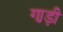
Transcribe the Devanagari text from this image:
गा़ड़ी